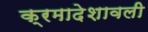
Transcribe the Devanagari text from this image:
क्रमादेशावली